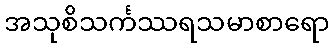
အသုစိသင်္ကဿရသမာစာရော